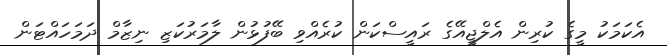
އެކަމަކު މީގެ ކުރިން އެލްޖީއޭގެ ރައީސްކަން ކުރެއްވި ބޭފުޅުން ލާމަރުކަޒި ނިޒާމް ދަމަހައްޓަން